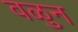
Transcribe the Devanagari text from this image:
वळुन